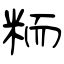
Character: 粫